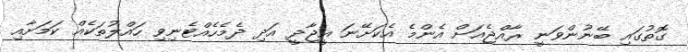
ގޮތުގައި ބޭނުންވަނީ ރާއްޖެއަށް އެންމެ އެކަށޭނަ އީޖާދީ އަދި ދެމެހެއްޓެނިވި ހައްލުތަކެއް ކަމަށާއި